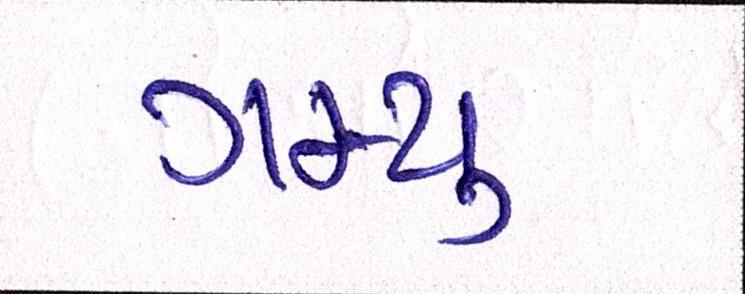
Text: ગમ્યું